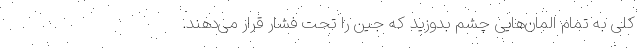
کلی به تمام المان‌هایی چشم بدوزید که جِین را تحت فشار قرار می‌دهند.